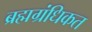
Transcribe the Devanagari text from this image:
ब्रह्मग्रंधिकत